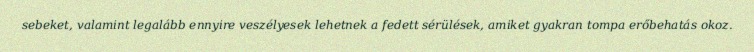
sebeket, valamint legalább ennyire veszélyesek lehetnek a fedett sérülések, amiket gyakran tompa erőbehatás okoz.